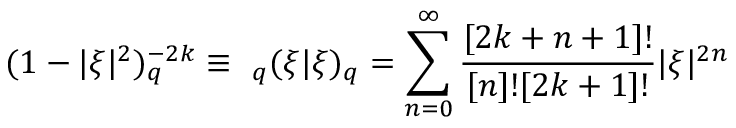
( 1 - | \xi | ^ { 2 } ) _ { q } ^ { - 2 k } \equiv \ _ { q } ( \xi | \xi ) _ { q } = \sum _ { n = 0 } ^ { \infty } \frac { [ 2 k + n + 1 ] ! } { [ n ] ! [ 2 k + 1 ] ! } | \xi | ^ { 2 n }